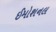
ઈમોશનલ